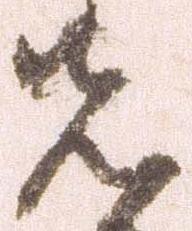
先